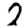
Digit: 2